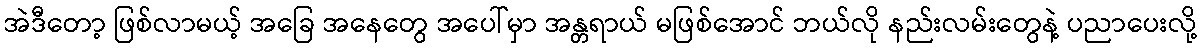
အဲဒီတော့ ဖြစ်လာမယ့် အခြေ အနေတွေ အပေါ်မှာ အန္တရာယ် မဖြစ်အောင် ဘယ်လို နည်းလမ်းတွေနဲ့ ပညာပေးလို့